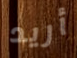
أريد